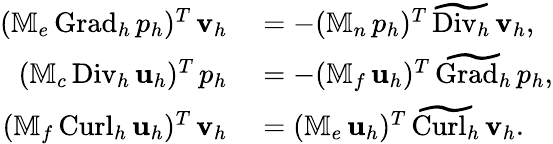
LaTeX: \begin{array}{rl}{(\mathbb{M}_{e}\, {\mathrm{Grad}_{h}}\, p_{h})^{T}\, \mathbf{v}_{h}}&{{}=-(\mathbb{M}_{n}\, p_{h})^{T}\, \widetilde{\mathrm{Div}_{h}}\, \mathbf{v}_{h},}\\ {(\mathbb{M}_{c}\, {\mathrm{Div}_{h}}\, \mathbf{u}_{h})^{T}\, p_{h}}&{{}=-(\mathbb{M}_{f}\, \mathbf{u}_{h})^{T}\, \widetilde{\mathrm{Grad}_{h}}\, p_{h},}\\ {(\mathbb{M}_{f}\, {\mathrm{Curl}_{h}}\, \mathbf{u}_{h})^{T}\, \mathbf{v}_{h}}&{{}=(\mathbb{M}_{e}\, \mathbf{u}_{h})^{T}\, \widetilde{\mathrm{Curl}_{h}}\, \mathbf{v}_{h}.}\end{array}